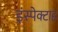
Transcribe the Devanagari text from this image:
इंस्पेक्टाह